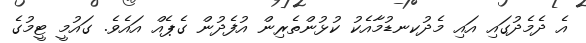
އެ ދެމެދުގައި އައި މެދުކނޑުމާއެކު ކުޅުންތެރިން އުފެދުން ގެޕެއް އައެވެ. ގައުމީ ޓީމުގެ